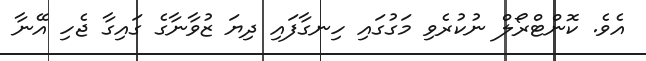
އެވެ. ކޮންޓްރޯލް ނުކުރެވި މަގުގައި ހިނގާފައި ދިޔަ ޒުވާނާގެ ގައިގާ ޖެހި އޭނާ